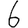
Digit: 6